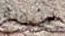
غيبوبة